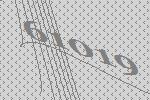
61019